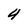
Character: 4